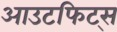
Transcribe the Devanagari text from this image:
आउटफिट्स